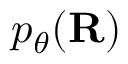
p _ { \theta } ( \mathbf { R } )